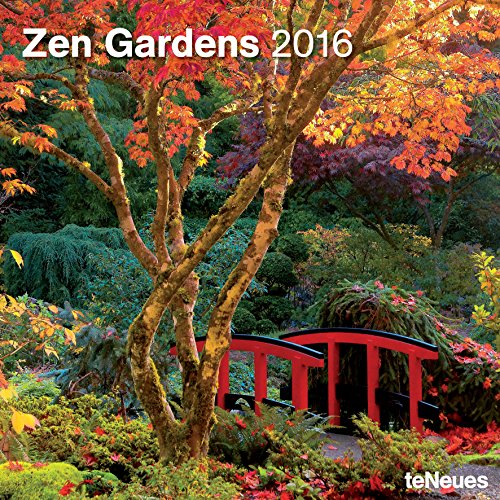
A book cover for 2016 Zen Gardens Wall Calendar; Calendars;